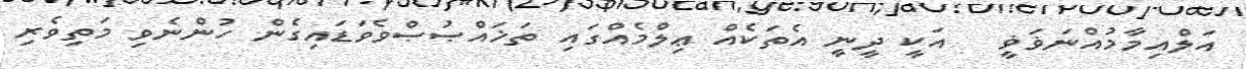
އަލްއިމާމުއްނަޥަޥީ   އަކީ ދީނީ އެތަކެއް ޢިލްމެއްގައި ތަޚައްޞުޞްވެވަޑައިގެން ހުންނެވި މަތިވެރި